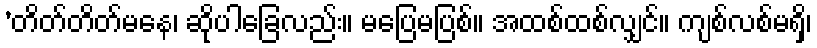
’တိတ်တိတ်မနေ၊ ဆိုပါခြေလည်း။ မပြေမပြစ်။ အထစ်ထစ်လျှင်။ ကျစ်လစ်မရှိ၊